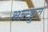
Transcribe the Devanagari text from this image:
सन्स्क्रुत